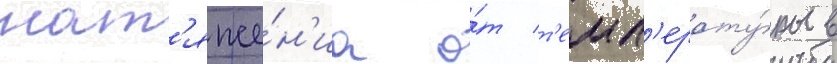
нат'яже́н'иа о́т т'емп'ерату́ры в